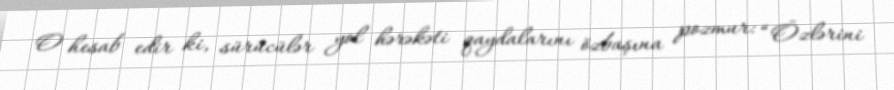
O hesab edir ki, sürücülər yol hərəkəti qaydalarını özbaşına pozmur: “Özlərini